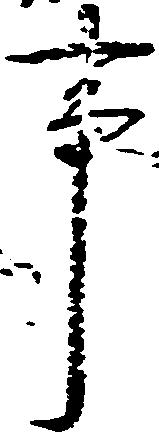
事